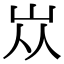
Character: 𡵝